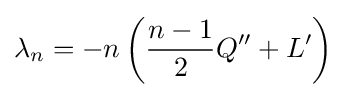
\lambda _{n}=-n\left({\frac {n-1}{2}}Q''+L'\right)